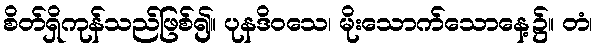
စိတ်ရှိကုန်သည်ဖြစ်၍။ ပုနဒိဝသေ၊ မိုးသောက်သောနေ့၌။ တံ၊